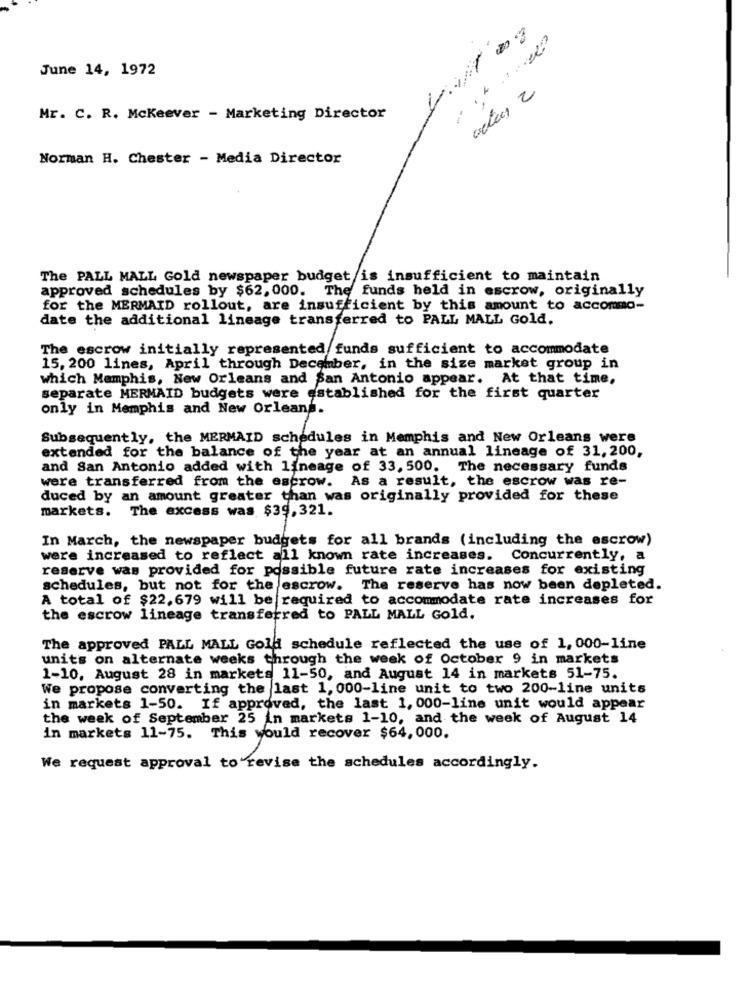
June 14, 1972
Mr. C. R. Mckeever - Marketing Director
Norman H. Chester - Media Director
The PALL MALL Gold newspaper budget is insufficient to maintain
approved schedules by $62, 000. The funds held in escrow, originally
for the MERMAID rollout, are insufficient by this amount to accommo-
date the additional lineage transferred to PALL MALL Gold.
The escrow initially represented funds sufficient to accommodate
15, 200 lines, April through December, in the size market group in
which Memphis, New Orleans and San Antonio appear. At that time,
separate MERMAID budgets were established for the first quarter
only in Memphis and New Orleans.
Subsequently, the MERMAID schedules in Memphis and New Orleans were
extended for the balance of the year at an annual lineage of 31, 200,
and San Antonio added with lineage of 33, 500. The necessary funds
were transferred from the escrow. As a result, the escrow was re-
duced by an amount greater than was originally provided for these
markets. The excess was $39,321.
In March, the newspaper budgets for all brands (including the escrow)
were increased to reflect all known rate increases.
Concurrently, a
reserve was provided for possible future rate increases for existing
schedules, but not for the escrow. The reserve has now been depleted.
A total of $22,679 will be required to accommodate rate increases for
the escrow lineage transferred to PALL MALL Gold.
The approved PALL MALL Gold schedule reflected the use of 1, 000-line
units on alternate weeks through the week of October 9 in markets
1-10. August 28 in markets 11-50, and August 14 in markets 51-75.
We propose converting the last 1, 000-line unit to two 200-line units
in markets 1-50. If approved, the last 1, 000-line unit would appear
the week of September 25 in markets 1-10, and the week of August 14
in markets 11-75. This would recover $64,000.
We request approval to revise the schedules accordingly.